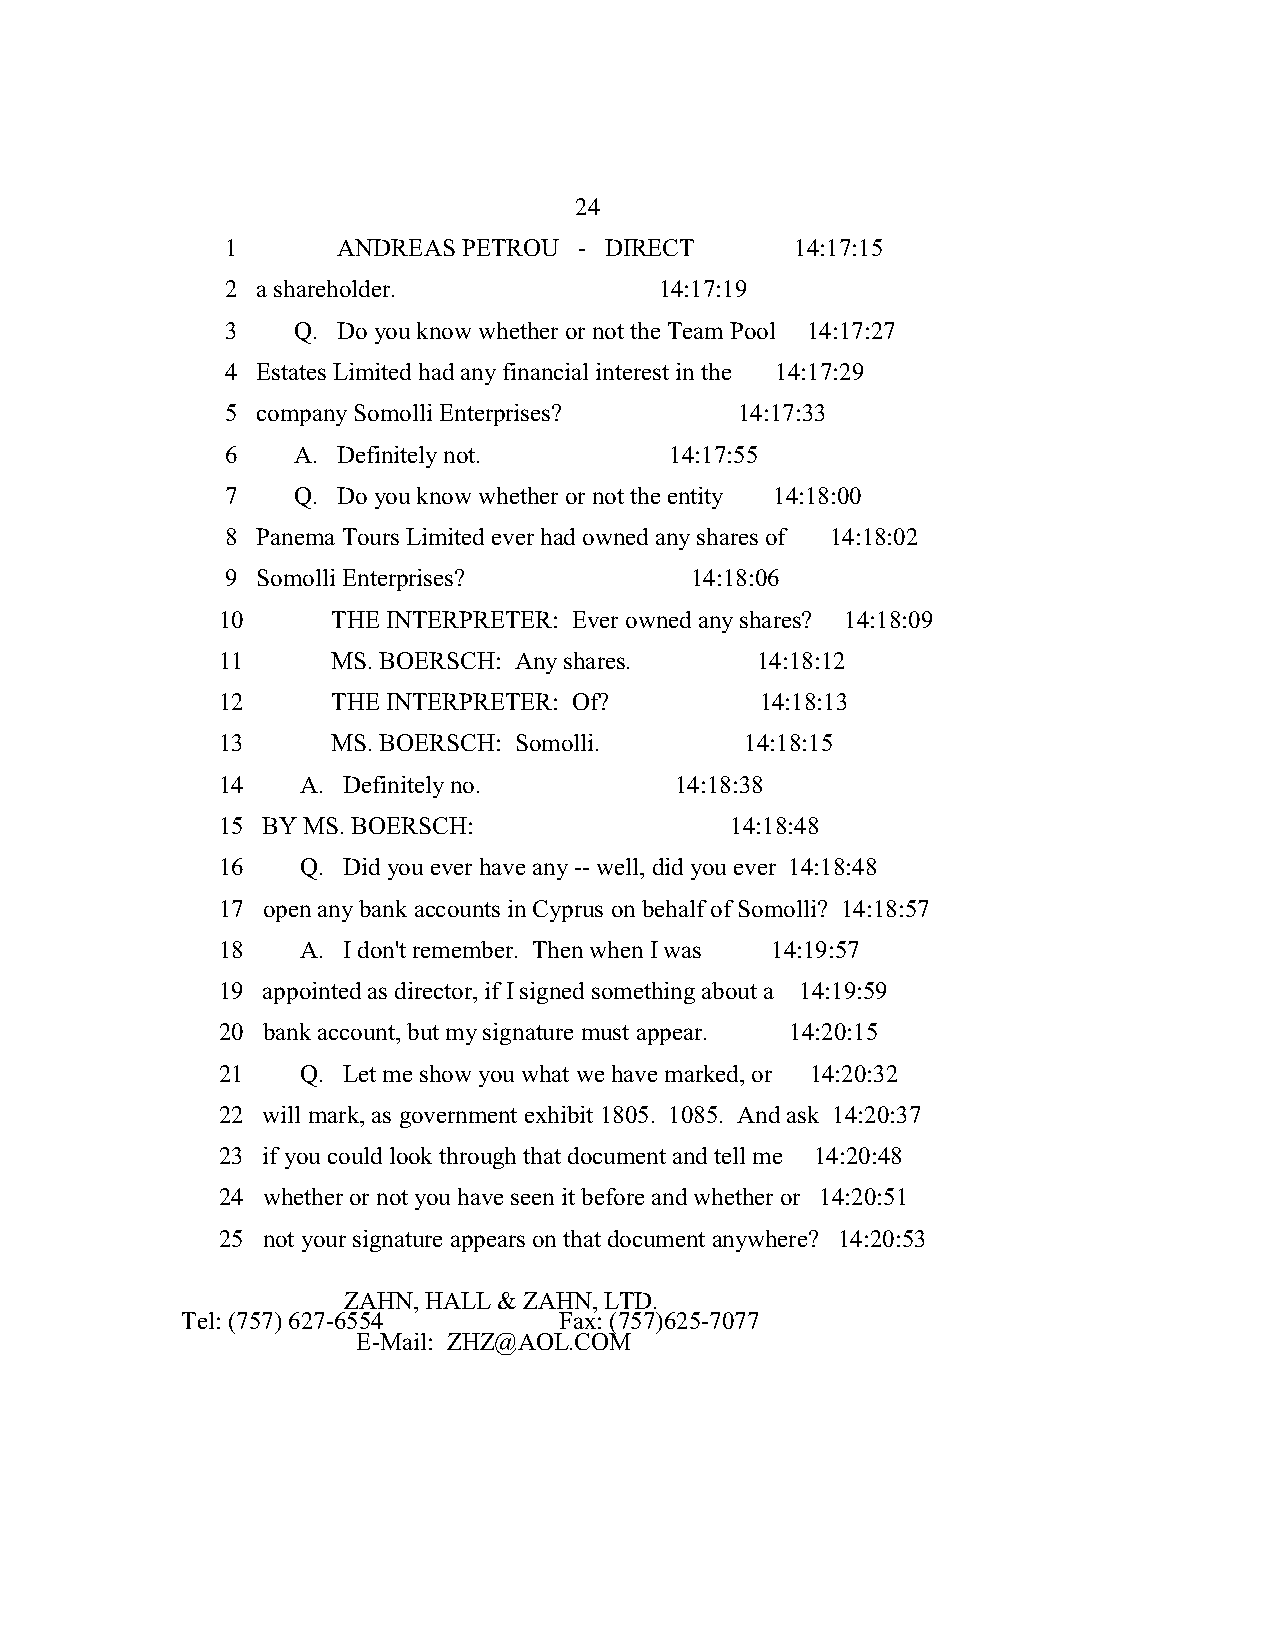
24
 1      ANDREAS  PETROU - DIRECT       14:17:15
 2 a shareholder.             14:17:19
 3   Q. Do you know whether or not the Team Pool 14:17:27
 4 Estates Limited had any financial interest in the 14:17:29
 5 company Somolli Enterprises?    14:17:33
 6   A. Definitely not.       14:17:55
 7   Q. Do you know whether or not the entity 14:18:00
 8 Panema Tours Limited ever had owned any shares of 14:18:02
 9 Somolli Enterprises?         14:18:06
 10      THE INTERPRETER: Ever owned any shares? 14:18:09
 11      MS. BOERSCH: Any shares.    14:18:12
 12      THE INTERPRETER: Of?        14:18:13
 13      MS. BOERSCH: Somolli.      14:18:15
 14    A. Definitely no.        14:18:38
 15 BY MS. BOERSCH:                14:18:48
 16    Q. Did you ever have any -- well, did you ever 14:18:48
 17 open any bank accounts in Cyprus on behalf of Somolli? 14:18:57
 18    A. I don't remember. Then when I was 14:19:57
 19 appointed as director, if I signed something about a 14:19:59
 20 bank account, but my signature must appear. 14:20:15
 21    Q. Let me show you what we have marked, or 14:20:32
 22 will mark, as government exhibit 1805. 1085. And ask 14:20:37
 23 if you could look through that document and tell me 14:20:48
 24 whether or not you have seen it before and whether or 14:20:51
 25 not your signature appears on that document anywhere? 14:20:53
 ZAHN, HALL & ZAHN, LTD.
 Tel: (757) 627-6554      Fax: (757)625-7077
 E-Mail: ZHZ@AOL.COM